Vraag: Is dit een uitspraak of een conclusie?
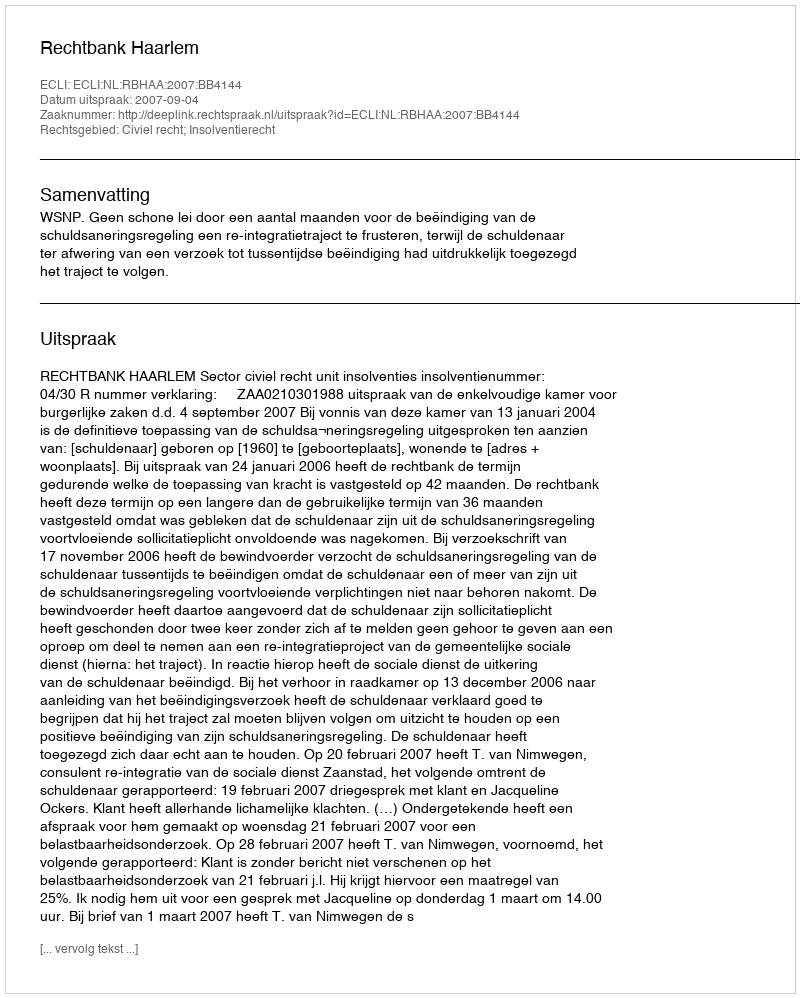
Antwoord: Uitspraak